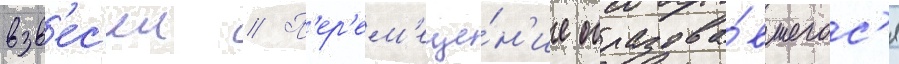
взв'ес'еи // П'ер'ем'еще́н'ие образова́вшегос'я